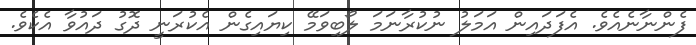
ފެންނާނެއެވެ. އެފަދައިން އަމަލު ނުކުރާނަމަ ލޯބިވަމޭ ކިޔައިގެން އެކުރަނީ ދޮގު ދައުވާ އެކެވެ.